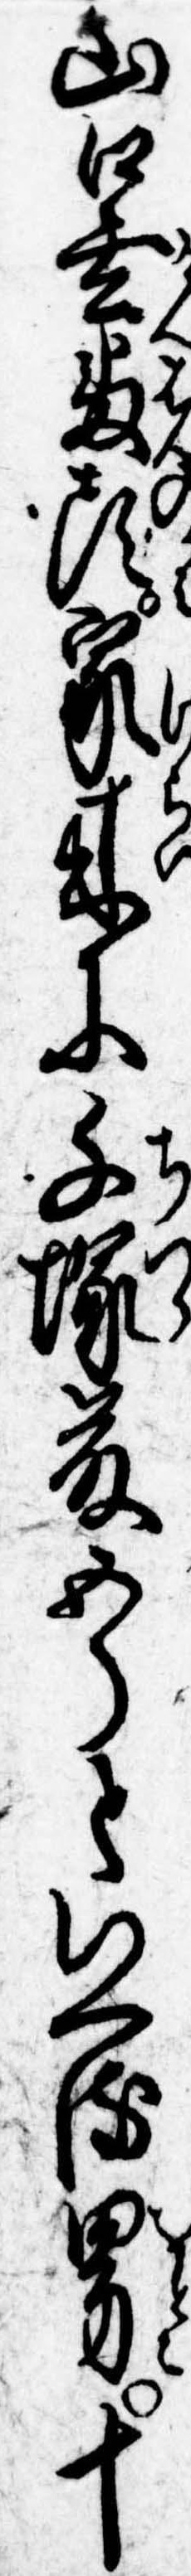
山口玄番頭家来に千塚藤五郎といへる男十